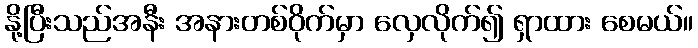
နို့ပြီးသည်အနီး အနားတစ်ဝိုက်မှာ လှေလိုက်၍ ရှာထား စေမယ်။